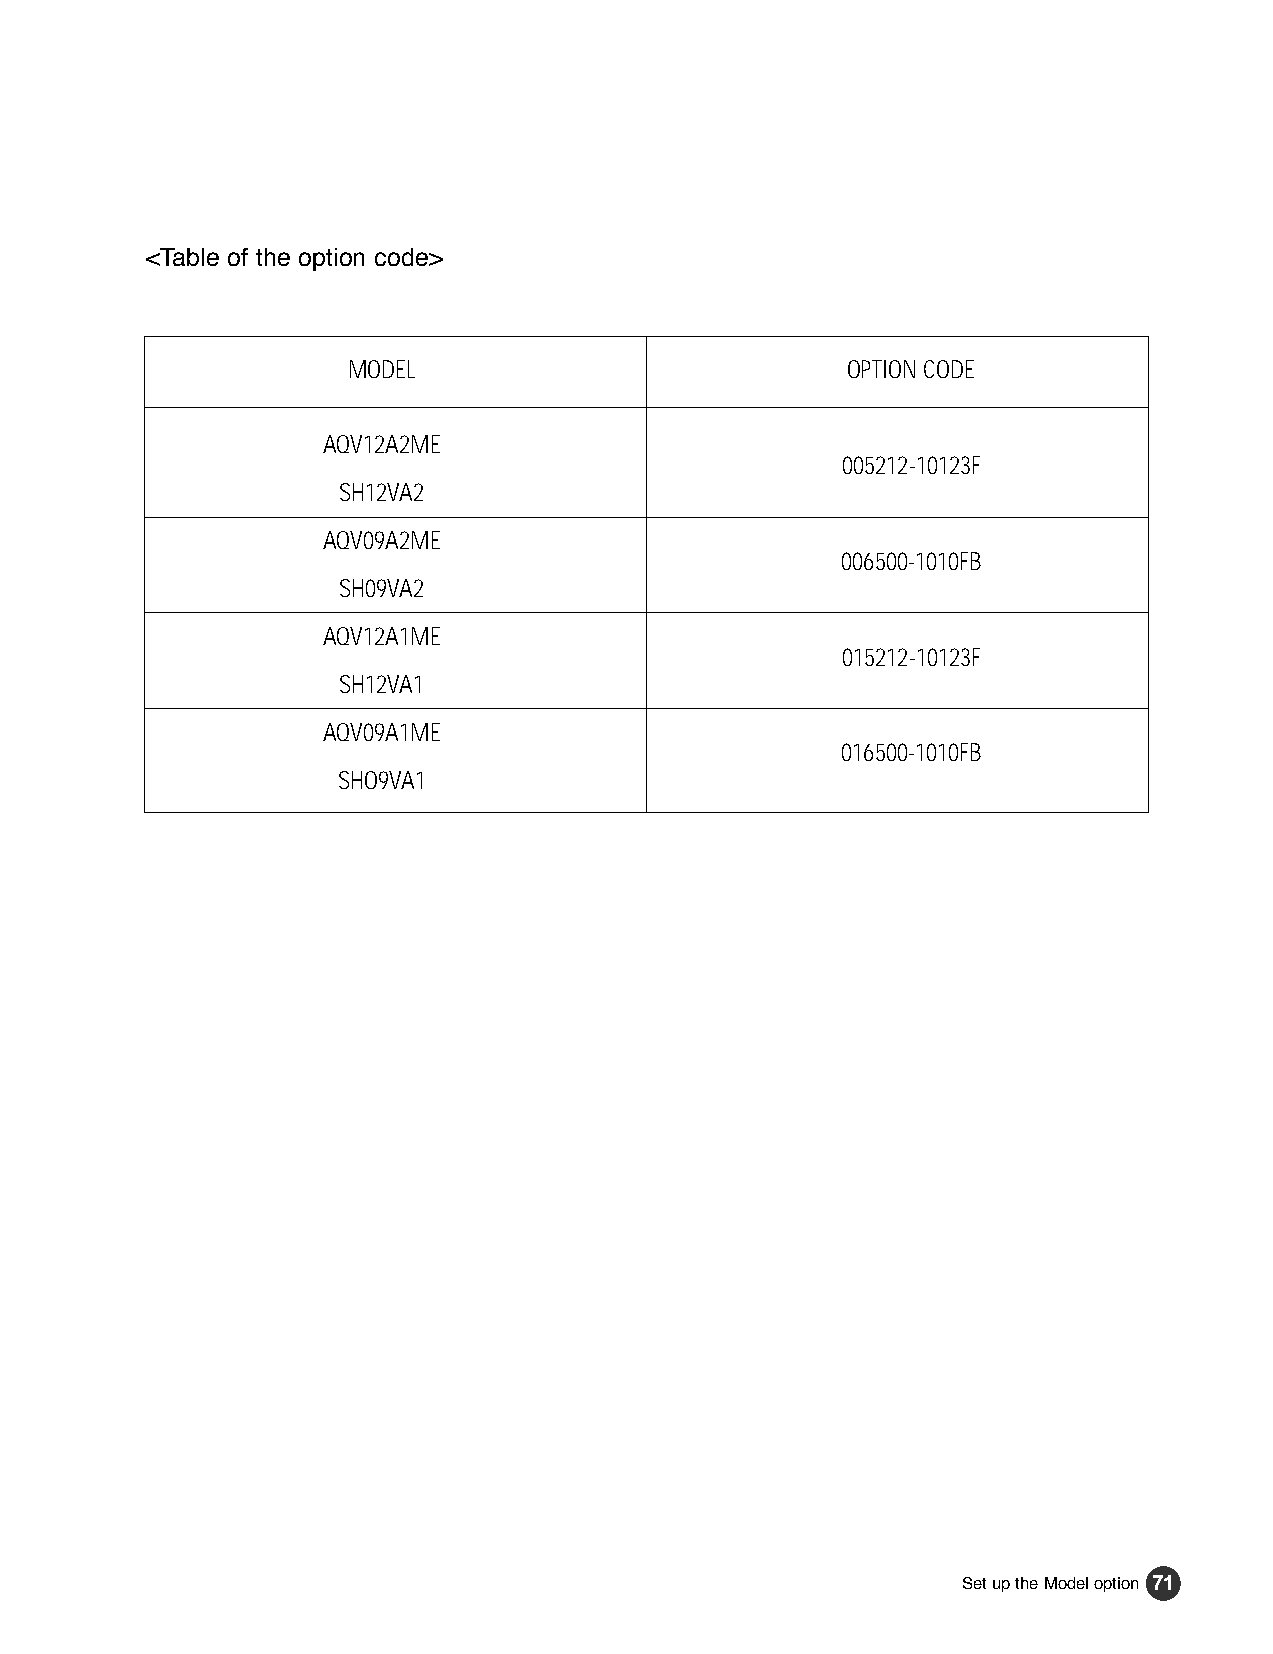
1~91 2/5/01 11:24 AM Page 71
 <Table of the option code>
 MODEL                            OPTION CODE
 AQV12A2ME
 005212-10123F
 SH12VA2
 AQV09A2ME
 006500-1010FB
 SH09VA2
 AQV12A1ME
 015212-10123F
 SH12VA1
 AQV09A1ME
 016500-1010FB
 SHO9VA1
 Set up the Model option 71